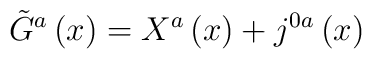
\tilde{G}^{a}\left( x\right) =X^{a}\left( x\right) +j^{0a}\left(x\right)